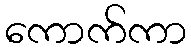
ကောက်ကာ